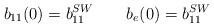
LaTeX: \begin{align*}b_{11}(0)=b_{11}^{SW} \qquad b_e(0)=b_{11}^{SW}\end{align*}